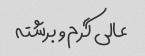
عالی گرم و برشته